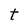
Character: t